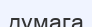
думага